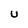
Character: U